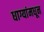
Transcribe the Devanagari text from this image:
धाग्यांमधून